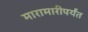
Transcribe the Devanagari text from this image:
मारामारीपर्यंत